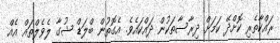
ރައްކާތެރި ކޮށްދޭ ކަމަށް ދިރާސާތަކުން ދައްކައެވެ. އެގޮތުން ބްލަޑް ޝުގާ ލެވެލްތައް އެއް